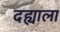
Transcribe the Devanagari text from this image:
दह्याला